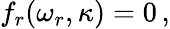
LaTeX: f_{r}(\omega_{r},\kappa)=0\, ,